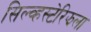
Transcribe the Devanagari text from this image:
सिल्व्हस्टेरिझला